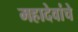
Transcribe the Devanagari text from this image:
महादेवांचे